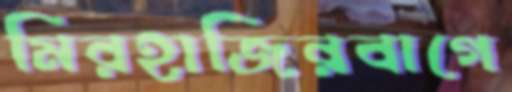
মিরহাজিরবাগে